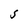
Character: S